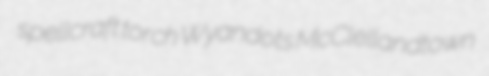
spellcraft torch Wyandots McClellandtown